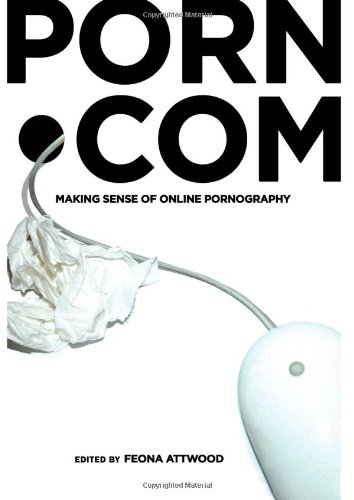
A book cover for porn.com: Making Sense of Online Pornography (Digital Formations); Politics & Social Sciences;